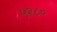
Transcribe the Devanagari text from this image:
५२८०